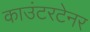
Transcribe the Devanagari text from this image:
काउंटरटेनर